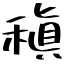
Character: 稹